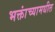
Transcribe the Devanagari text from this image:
भक्तांच्यामधील